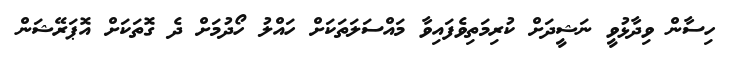
ހިސާން ވިދާޅުވީ ނަޝީދަށް ކުރިމަތިވެފައިވާ މައްސަަލަތަކަށް ހައްލު ހޯދުމަށް ދެ ގޮތަކަށް އޮޕަރޭޝަން